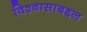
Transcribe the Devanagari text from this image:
विश्वासाबद्दल